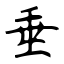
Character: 垂